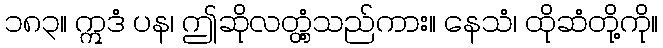
၁၈၃။ ဣဒံ ပန၊ ဤဆိုလတ္တံ့သည်ကား။ နေသံ၊ ထိုဆံတို့ကို။